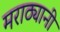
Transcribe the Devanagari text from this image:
मराठ्यानी